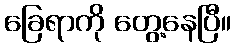
ခြေရာကို တွေ့နေပြီ။